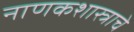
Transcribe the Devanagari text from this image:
नाणकशास्त्राचे